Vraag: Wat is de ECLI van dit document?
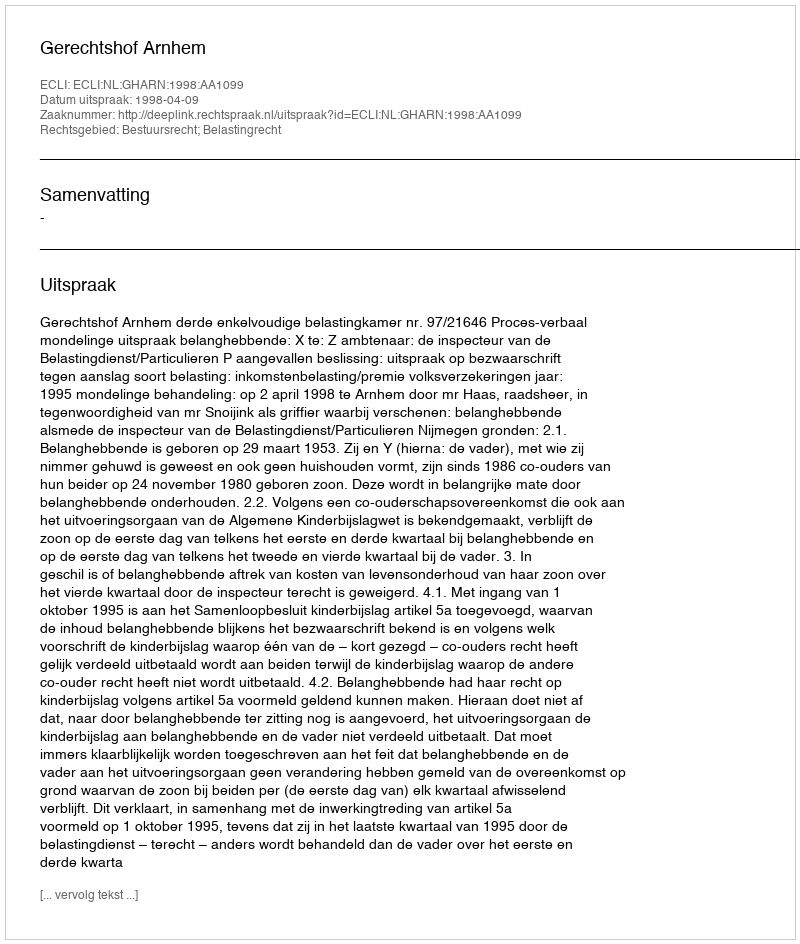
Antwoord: ECLI:NL:GHARN:1998:AA1099